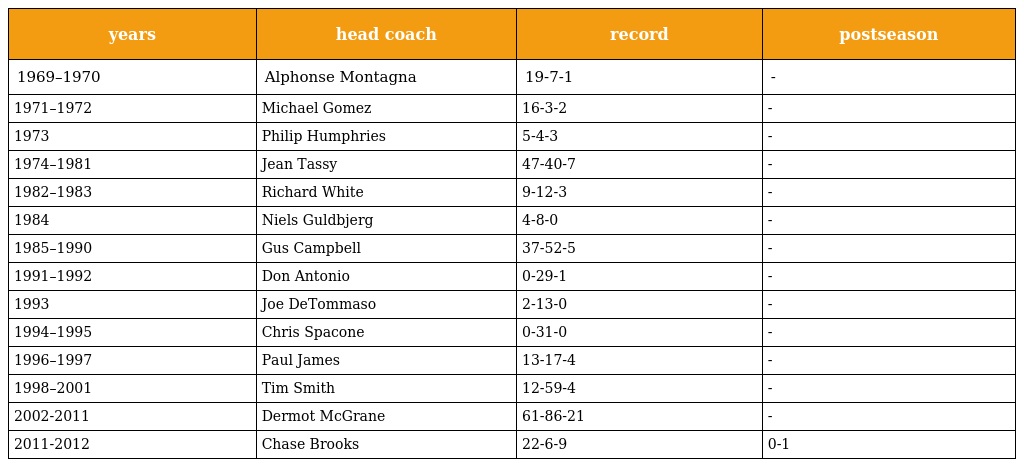
| years | head coach | record | postseason |
 | --- | --- | --- | --- |
 | 1969–1970 | Alphonse Montagna | 19-7-1 | - |
 | 1971–1972 | Michael Gomez | 16-3-2 | - |
 | 1973 | Philip Humphries | 5-4-3 | - |
 | 1974–1981 | Jean Tassy | 47-40-7 | - |
 | 1982–1983 | Richard White | 9-12-3 | - |
 | 1984 | Niels Guldbjerg | 4-8-0 | - |
 | 1985–1990 | Gus Campbell | 37-52-5 | - |
 | 1991–1992 | Don Antonio | 0-29-1 | - |
 | 1993 | Joe DeTommaso | 2-13-0 | - |
 | 1994–1995 | Chris Spacone | 0-31-0 | - |
 | 1996–1997 | Paul James | 13-17-4 | - |
 | 1998–2001 | Tim Smith | 12-59-4 | - |
 | 2002-2011 | Dermot McGrane | 61-86-21 | - |
 | 2011-2012 | Chase Brooks | 22-6-9 | 0-1 |